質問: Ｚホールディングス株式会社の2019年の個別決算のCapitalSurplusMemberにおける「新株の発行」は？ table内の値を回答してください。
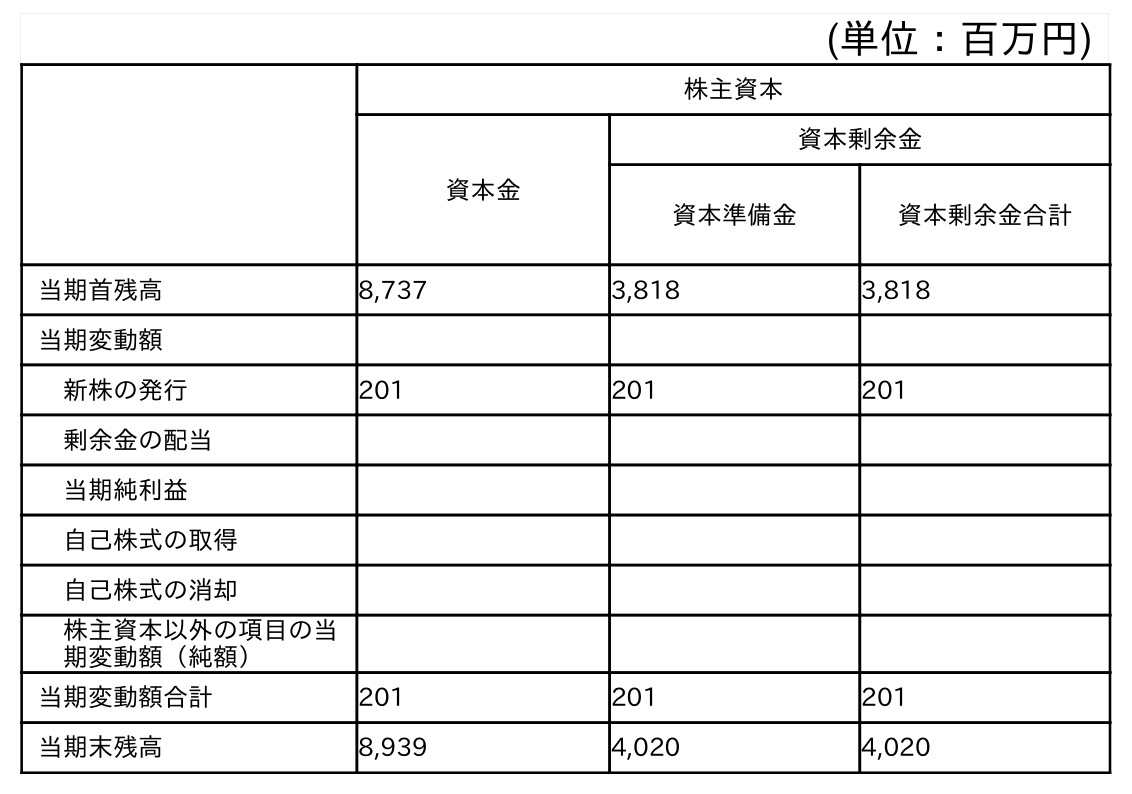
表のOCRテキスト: (単位：百万円) 株主資本 資本金 資本剰余金 資本準備金 資本剰余金合計 当期首残高 8,737 3,818 3,818 当期変動額 新株の発行 201 201 201 剰余金の配当 当期純利益 自己株式の取得 自己株式の消却 株主資本以外の項目の当 期変動額（純額） 当期変動額合計 201 201 201 当期末残高 8,939 4,020 4,020
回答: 201